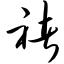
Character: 褚